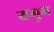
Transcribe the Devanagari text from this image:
यमुन